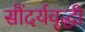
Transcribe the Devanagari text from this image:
सौंदर्यवृद्धी